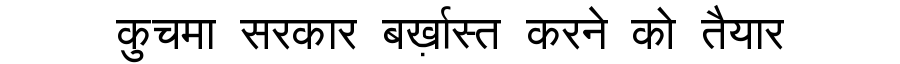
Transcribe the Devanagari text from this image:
कुचमा सरकार बर्ख़ास्त करने को तैयार